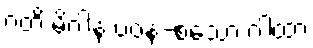
ဂတိ မိဂါနံ ပဝနံ-စသော ဂါထာ